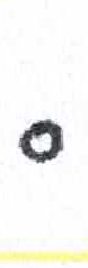
אות: ס